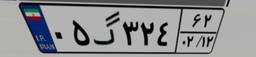
۰۲گ۲۴۲۷۴